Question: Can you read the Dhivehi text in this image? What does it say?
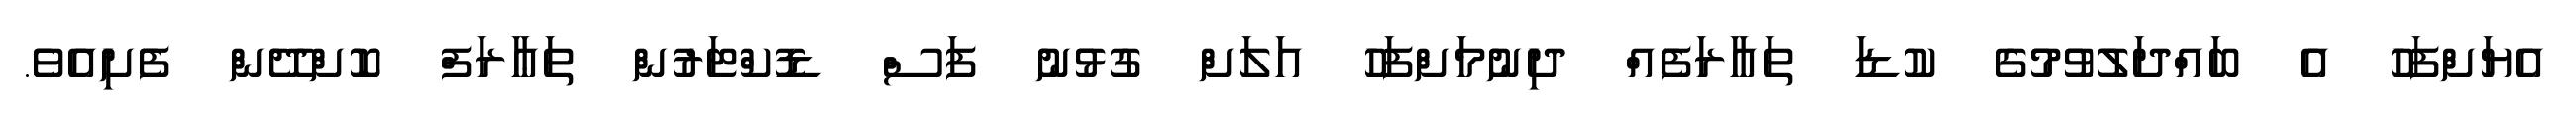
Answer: އެޔަށްފަހު އެ ބައްދަލުވުމުގެ ކުޑަ ތައާރަފެއް ދިނުމަށްފަހު އަލަށް ގުޅުނު ފަސް ޑޮކްޓަރުން ތަޢާރަފް ކޮށްދޭން ފެށިއެވެ.